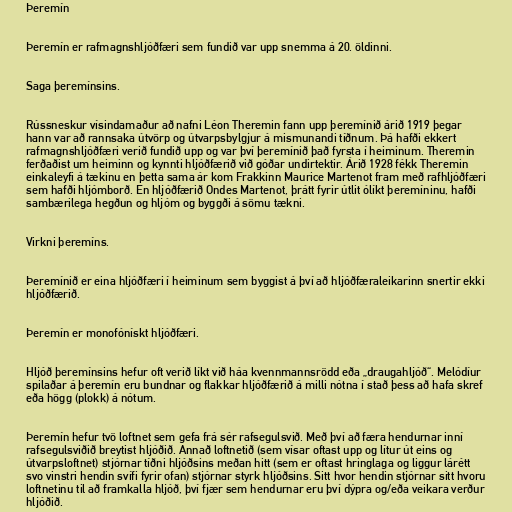
Þeremín

Þeremín er rafmagnshljóðfæri sem fundið var upp snemma á 20. öldinni.

Saga þeremínsins.

Rússneskur vísindamaður að nafni Léon Theremin fann upp þeremínið árið 1919 þegar
hann var að rannsaka útvörp og útvarpsbylgjur á mismunandi tíðnum. Þá hafði ekkert
rafmagnshljóðfæri verið fundið upp og var því þeremínið það fyrsta í heiminum. Theremin
ferðaðist um heiminn og kynnti hljóðfærið við góðar undirtektir. Árið 1928 fékk Theremin
einkaleyfi á tækinu en þetta sama ár kom Frakkinn Maurice Martenot fram með rafhljóðfæri
sem hafði hljómborð. En hljóðfærið Ondes Martenot, þrátt fyrir útlit ólíkt þeremíninu, hafði
sambærilega hegðun og hljóm og byggði á sömu tækni.

Virkni þeremíns.

Þeremínið er eina hljóðfæri í heiminum sem byggist á því að hljóðfæraleikarinn snertir ekki
hljóðfærið.

Þeremín er monofónískt hljóðfæri.

Hljóð þeremínsins hefur oft verið líkt við háa kvennmannsrödd eða „draugahljóð“. Melódíur
spilaðar á þeremín eru bundnar og flakkar hljóðfærið á milli nótna í stað þess að hafa skref
eða högg (plokk) á nótum.

Þeremín hefur tvö loftnet sem gefa frá sér rafsegulsvið. Með því að færa hendurnar inní
rafsegulsviðið breytist hljóðið. Annað loftnetið (sem vísar oftast upp og lítur út eins og
útvarpsloftnet) stjórnar tíðni hljóðsins meðan hitt (sem er oftast hringlaga og liggur lárétt
svo vinstri hendin svífi fyrir ofan) stjórnar styrk hljóðsins. Sitt hvor hendin stjórnar sitt hvoru
loftnetinu til að framkalla hljóð, því fjær sem hendurnar eru því dýpra og/eða veikara verður
hljóðið.